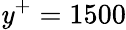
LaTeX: \mathit{y}^{+}=1500